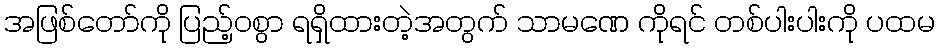
အဖြစ်တော်ကို ပြည့်ဝစွာ ရရှိထားတဲ့အတွက် သာမဏေ ကိုရင် တစ်ပါးပါးကို ပထမ